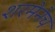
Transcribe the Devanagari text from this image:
शरमेनेच